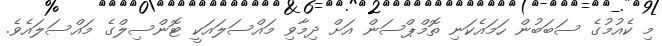
މި ކެއުމުގެ ސަބަބުން ހަމައެކަނި ތޮމްޕްސަން އަށް ދިމާވި މައްސަލައަކީ ޓޮންސިލްގެ މައްސަލައެވެ.